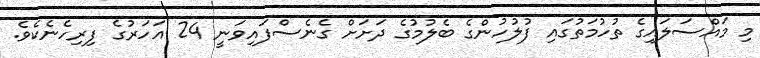
މި މައްސަލައިގެ ތުހުމަތުގައި ފުލުހުންގެ ބެލުމުގެ ދަށަށް ގެނެސްފައިވަނީ 24 އަހަރުގެ ފިރިހެނެކެވެ.